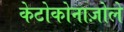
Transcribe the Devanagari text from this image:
केटोकोनाज़ोले